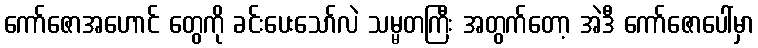
ကော်ဇောအဟောင် တွေကို ခင်းပေးသော်လဲ သမ္မတကြီး အတွက်တော့ အဲဒီ ကော်ဇောပေါ်မှာ